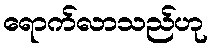
ရောက်လာသည်ဟု